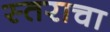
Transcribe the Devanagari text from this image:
स्तराचा